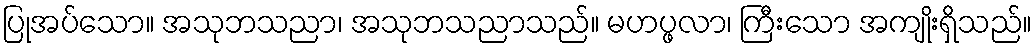
ပြုအပ်သော။ အသုဘသညာ၊ အသုဘသညာသည်။ မဟပ္ဖလာ၊ ကြီးသော အကျိုးရှိသည်။